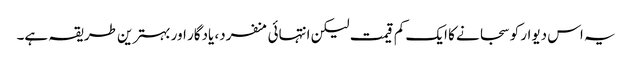
یہ اس دیوار کو سجانے کا ایک کم قیمت لیکن انتہائی منفرد، یادگار اور بہترین طریقہ ہے۔